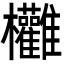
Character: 𣡻